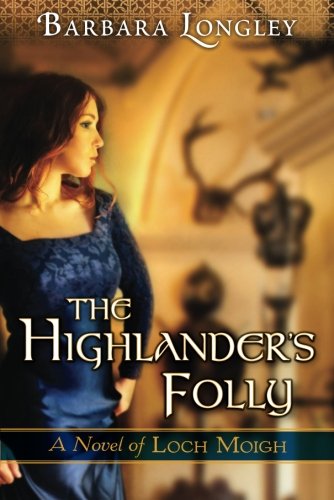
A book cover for The Highlander's Folly (The Novels of Loch Moigh); Barbara Longley; Romance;